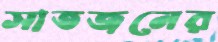
সাতজনের